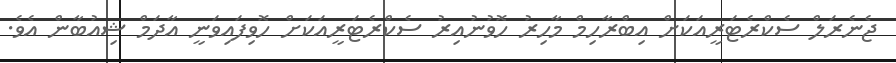
ޖެނެރަލް ސެކްރެޓަރީއަކަށް އިބްރާހިމް މާހިރު ހޮވުނުއިރު ސެކްރެޓަރީއަކަށް ހޮވިފައިވަނީ އާދަމް ޝިއުބާން އެވެ.